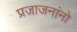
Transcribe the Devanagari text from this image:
प्रजाजनांनो